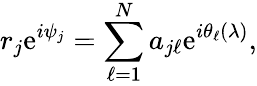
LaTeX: r_{j}\mathrm{e}^{i\psi_{j}}=\sum_{\ell=1}^{N}a_{j\ell}\mathrm{e}^{i\theta_{\ell}(\lambda)},